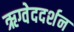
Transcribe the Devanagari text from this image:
ऋग्वेददर्शन